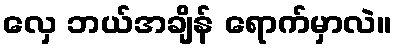
လှေ ဘယ်အချိန် ရောက်မှာလဲ။